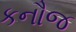
કનૌજ